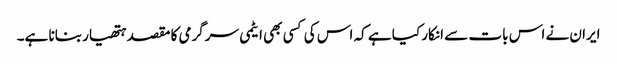
ایران نے اس بات سے انکار کیا ہے کہ اس کی کسی بھی ایٹمی سرگرمی کا مقصد ہتھیار بنانا ہے۔